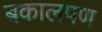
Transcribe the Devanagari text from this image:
बकालपण